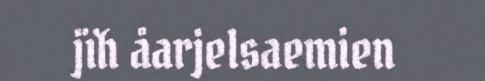
jïh åarjelsaemien